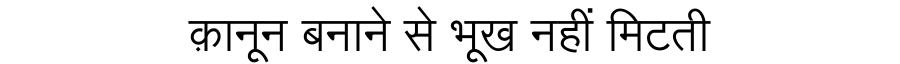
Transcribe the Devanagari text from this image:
क़ानून बनाने से भूख नहीं मिटती